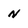
Character: N